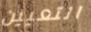
التعيين